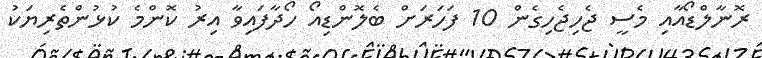
ރޮނާލްޑޯއާއި މެސީ ޖެހިޖެހިގެން 10 ފަހަރަށް ބެލޮންޑިއޯ ހޯދާފައިވާ އިރު ކޮންމެ ކުޅުންތެރިޔަކު